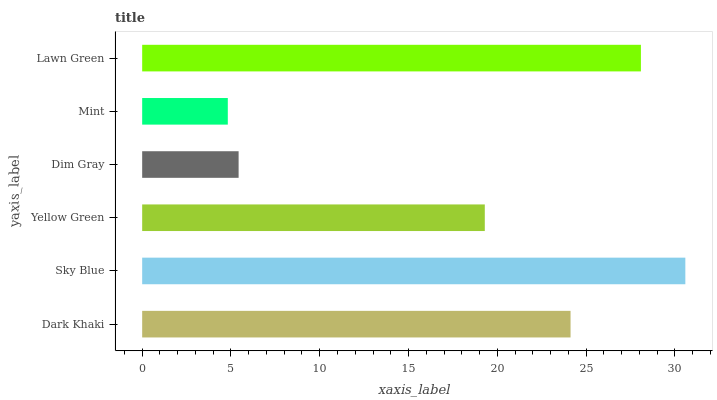
| yaxis_label | bars |
 | --- | --- |
 | Dark Khaki | 24.1 |
 | Sky Blue | 30.6 |
 | Yellow Green | 19.3 |
 | Dim Gray | 5.43 |
 | Mint | 4.82 |
 | Lawn Green | 28.1 |